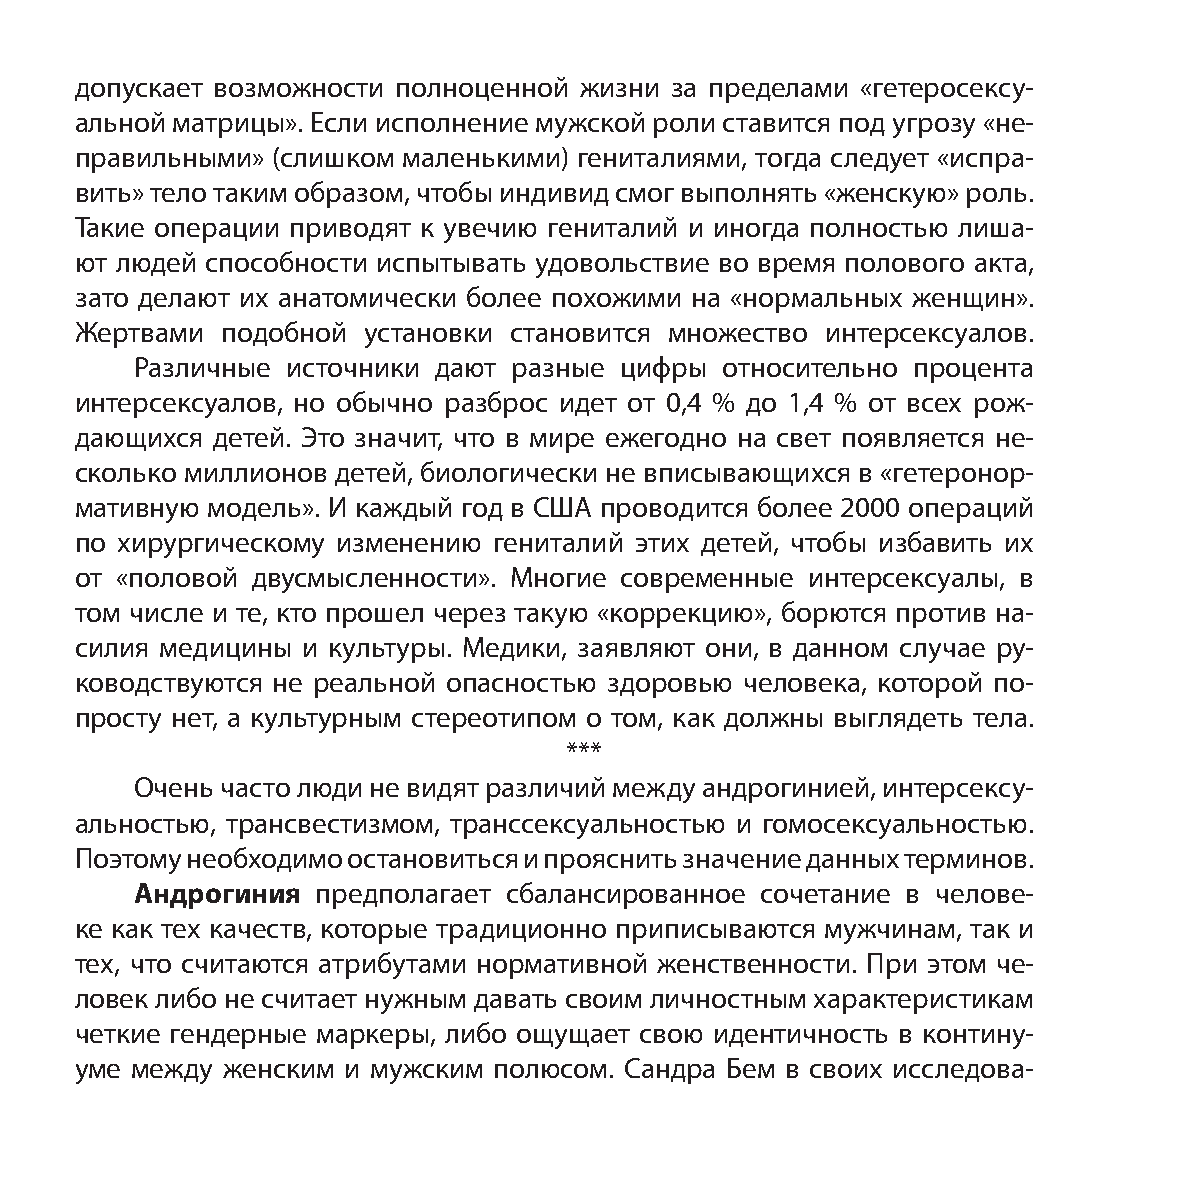
допускает возможности полноценной жизни за пределами «гетеросексу-
 альной матрицы». Если исполнение мужской роли ставится под угрозу «не-
 правильными» (слишком маленькими) гениталиями, тогда следует «испра-
 вить» тело таким образом, чтобы индивид смог выполнять «женскую» роль.
 Такие операции приводят к увечию гениталий и иногда полностью лиша-
 ют людей способности испытывать удовольствие во время полового акта,
 зато делают их анатомически более похожими на «нормальных женщин».
 Жертвами  подобной установки становится множество интерсексуалов.
 Различные источники дают разные цифры  относительно процента
 интерсексуалов, но обычно разброс идет от 0,4 % до 1,4 % от всех рож-
 дающихся детей. Это значит, что в мире ежегодно на свет появляется не-
 сколько миллионов детей, биологически не вписывающихся в «гетеронор-
 мативную модель». И каждый год в США проводится более 2000 операций
 по хирургическому изменению гениталий этих детей, чтобы избавить их
 от «половой двусмысленности». Многие современные интерсексуалы, в
 том числе и те, кто прошел через такую «коррекцию», борются против на-
 силия медицины и культуры. Медики, заявляют они, в данном случае ру-
 ководствуются не реальной опасностью здоровью человека, которой по-
 просту нет, а культурным стереотипом о том, как должны выглядеть тела.
 ***
 Очень часто люди не видят различий между андрогинией, интерсексу-
 альностью, трансвестизмом, транссексуальностью и гомосексуальностью.
 Поэтому необходимо остановиться и прояснить значение данных терминов.
 Андрогиния  предполагает сбалансированное сочетание в челове-
 ке как тех качеств, которые традиционно приписываются мужчинам, так и
 тех, что считаются атрибутами нормативной женственности. При этом че-
 ловек либо не считает нужным давать своим личностным характеристикам
 четкие гендерные маркеры, либо ощущает свою идентичность в контину-
 уме между женским и мужским полюсом. Сандра Бем в своих исследова-